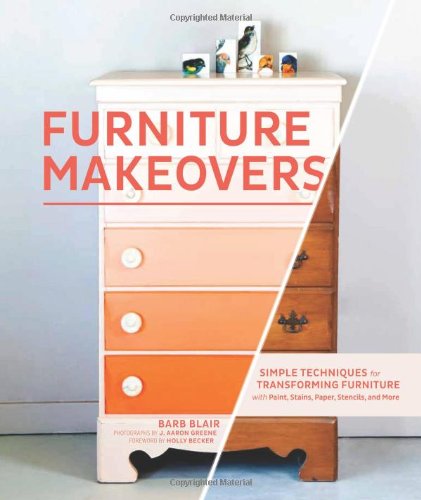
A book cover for Furniture Makeovers: Simple Techniques for Transforming Furniture with Paint, Stains, Paper, Stencils, and More; Barb Blair; Crafts, Hobbies & Home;